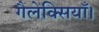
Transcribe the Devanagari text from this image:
गैलेक्सियाँ।